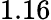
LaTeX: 1.16